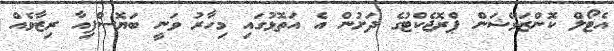
އެޓޯލް ކޮންޒަވޭޝަން ޕްރޮޖެކްޓުގެ ދަށުން އެ އަތޮޅުގައި މިހާރު ވަނީ ބަޔޮސްފިއާ ރިޒާވެއް